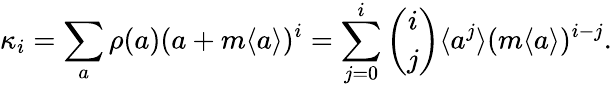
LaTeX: \kappa_{i}=\sum_{a}\rho(a)(a+m\langle a\rangle)^{i}=\sum_{j=0}^{i}\binom{i}{j}\langle a^{j}\rangle(m\langle a\rangle)^{i-j}.